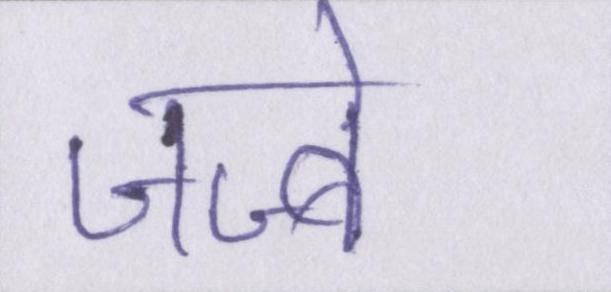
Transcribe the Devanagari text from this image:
जज्बे